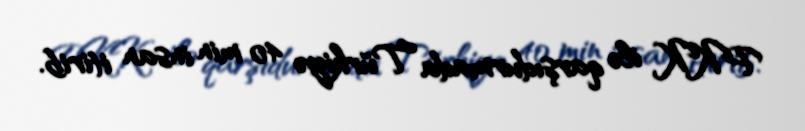
PKK ilə qarşıdurmada Türkiyə 40 min insan itirib.